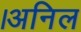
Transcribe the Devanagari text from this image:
।अनिल